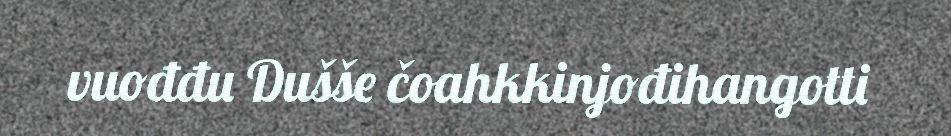
vuođđu Dušše čoahkkinjođihangotti